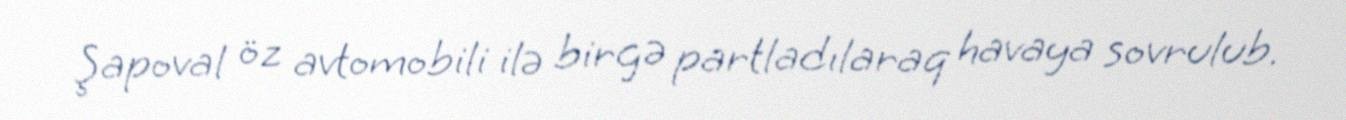
Şapoval öz avtomobili ilə birgə partladılaraq havaya sovrulub.